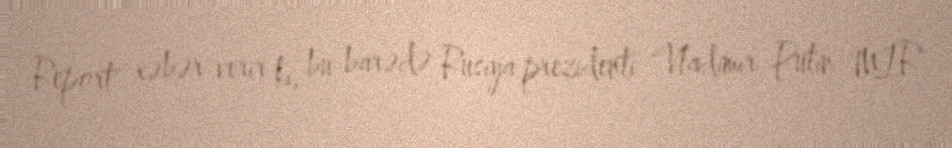
Report" xəbər verir ki, bu barədə Rusiya prezidenti Vladimir Putin "MİR"